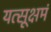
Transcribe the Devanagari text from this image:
यत्सूक्षमं